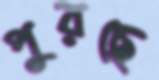
পুরছে